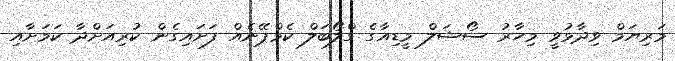
މަރިޔަމް ވިދާޅުވީ މިހާރު ސޯޝަލް މީޑިއާގެ ގްލޯބަލް ކެމްޕޭނެއް ފަށައިގެން ކުރިއަށްދާ ކަމަށާއި